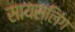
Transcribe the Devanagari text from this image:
सायस्लिंग